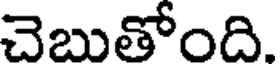
చెబుతోంది.